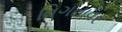
વિગતાવર